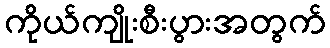
ကိုယ်ကျိုးစီးပွားအတွက်